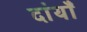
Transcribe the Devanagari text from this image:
दांयाँ